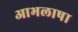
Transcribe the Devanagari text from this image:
आभलाषा